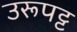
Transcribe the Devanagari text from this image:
उरूपट्ट